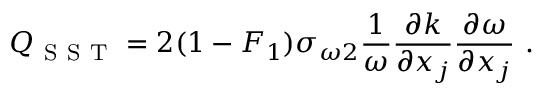
Q _ { \mathrm { ~ S ~ S ~ T ~ } } = 2 ( 1 - F _ { 1 } ) \sigma _ { \omega 2 } \frac { 1 } { \omega } \frac { \partial k } { \partial x _ { j } } \frac { \partial \omega } { \partial x _ { j } } \mathrm { ~ . ~ }